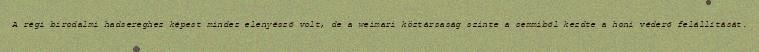
A régi birodalmi hadsereghez képest mindez elenyésző volt, de a weimari köztársaság szinte a semmiből kezdte a honi véderő felállítását.